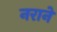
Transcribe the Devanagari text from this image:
नराने